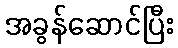
အခွန်ဆောင်ပြီး